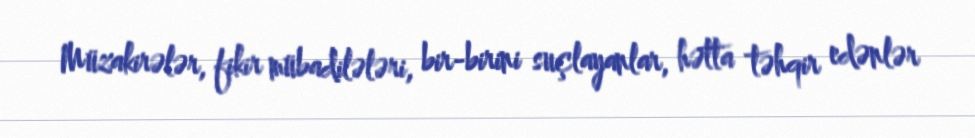
Müzakirələr, fikir mübadilələri, bir-birini suçlayanlar, hətta təhqir edənlər